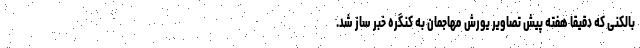
بالکنی که دقیقا هفته پیش تصاویر یورش مهاجمان به کنگره خبر ساز شد.